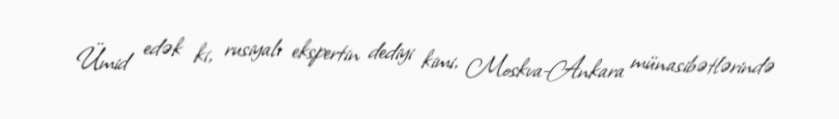
Ümid edək ki, rusiyalı ekspertin dediyi kimi, Moskva-Ankara münasibətlərində